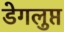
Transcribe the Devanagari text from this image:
डेगलुप्त